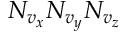
N _ { v _ { x } } N _ { v _ { y } } N _ { v _ { z } }